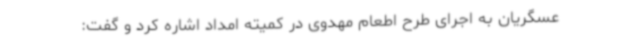
عسگریان به اجرای طرح اطعام مهدوی در کمیته امداد اشاره کرد و گفت: